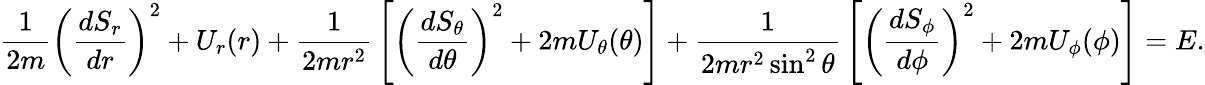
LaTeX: {\frac{1}{2m}}\left({\frac{dS_{r}}{dr}}\right)^{2}+U_{r}(r)+{\frac{1}{2mr^{2}}}\left[\left({\frac{dS_{\theta}}{d\theta}}\right)^{2}+2mU_{\theta}(\theta)\right]+{\frac{1}{2mr^{2}\sin^{2}\theta}}\left[\left({\frac{dS_{\phi}}{d\phi}}\right)^{2}+2mU_{\phi}(\phi)\right]=E.